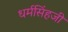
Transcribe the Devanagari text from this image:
धर्मसिंहजी